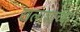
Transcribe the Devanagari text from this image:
खलाशाच्या